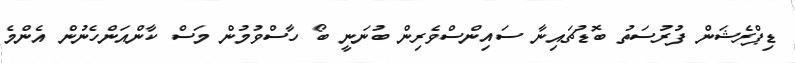
ޑިޕްރެޝަން ފުރުސަތު ބޮޑުޗައިނާ ސައިންސްވެރިން ބުނަނީ ބޯ ހާސްވުމުން މަސް ކާންއަންހެނުން އެންމެ